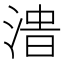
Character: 𰜔